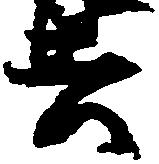
去